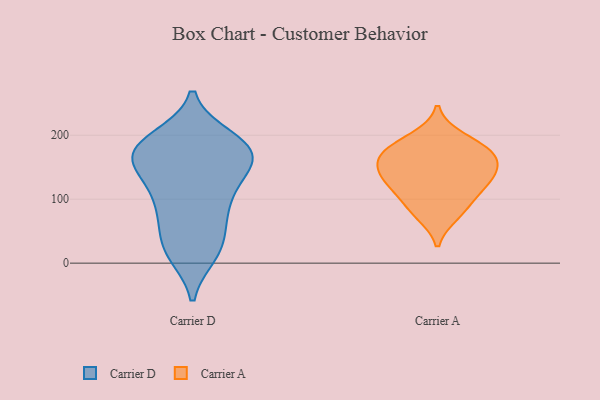
{"axis": {"x": "Satisfaction Score", "y": "Value"}, "legend": ["Carrier A", "Carrier D"], "data": [{"x": "", "y": 103, "type": "Carrier D"}, {"x": "", "y": 75, "type": "Carrier D"}, {"x": "", "y": 190, "type": "Carrier D"}, {"x": "", "y": 179, "type": "Carrier D"}, {"x": "", "y": 185, "type": "Carrier D"}, {"x": "", "y": 157, "type": "Carrier D"}, {"x": "", "y": 161, "type": "Carrier D"}, {"x": "", "y": 159, "type": "Carrier D"}, {"x": "", "y": 185, "type": "Carrier D"}, {"x": "", "y": 19, "type": "Carrier D"}, {"x": "", "y": 157, "type": "Carrier D"}, {"x": "", "y": 32, "type": "Carrier D"}, {"x": "", "y": 70, "type": "Carrier D"}, {"x": "", "y": 22, "type": "Carrier D"}, {"x": "", "y": 137, "type": "Carrier D"}, {"x": "", "y": 15, "type": "Carrier D"}, {"x": "", "y": 169, "type": "Carrier D"}, {"x": "", "y": 195, "type": "Carrier D"}, {"x": "", "y": 92, "type": "Carrier D"}, {"x": "", "y": 113, "type": "Carrier D"}, {"x": "", "y": 172, "type": "Carrier A"}, {"x": "", "y": 178, "type": "Carrier A"}, {"x": "", "y": 115, "type": "Carrier A"}, {"x": "", "y": 196, "type": "Carrier A"}, {"x": "", "y": 136, "type": "Carrier A"}, {"x": "", "y": 76, "type": "Carrier A"}, {"x": "", "y": 125, "type": "Carrier A"}, {"x": "", "y": 168, "type": "Carrier A"}, {"x": "", "y": 139, "type": "Carrier A"}, {"x": "", "y": 158, "type": "Carrier A"}, {"x": "", "y": 88, "type": "Carrier A"}]}